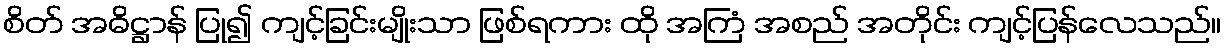
စိတ် အဓိဋ္ဌာန် ပြု၍ ကျင့်ခြင်းမျိုးသာ ဖြစ်ရကား ထို အကြံ အစည် အတိုင်း ကျင့်ပြန်လေသည်။